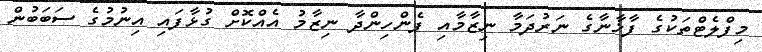
މިފްލެޓްތަކުގެ ފާޚާނާގެ ނަރުދަމާ ނިޒާމާއި ފެންހިންދާ ނިޒާމު އެއްކޮށް ގުޅާފައި އިނުމުގެ ސަބަބުން